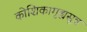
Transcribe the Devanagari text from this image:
कोशिकागृह्यसूत्र